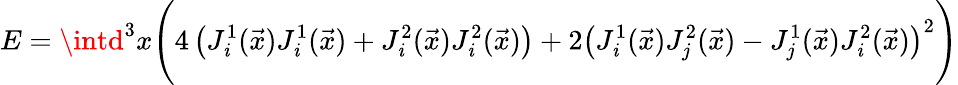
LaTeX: E=\intd^{3}x\Biggl(4\left(J_{\mathit{i}}^{1}(\vec{{x}})J_{\mathit{i}}^{1}(\vec{{x}})+J_{\mathit{i}}^{2}(\vec{{x}})J_{\mathit{i}}^{2}(\vec{{x}})\right)+2\left(J_{\mathit{i}}^{1}(\vec{{x}})J_{j}^{2}(\vec{{x}})-J_{j}^{1}(\vec{{x}})J_{\mathit{i}}^{2}(\vec{{x}})\right)^{2}\Biggr)